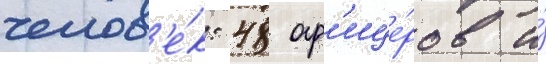
челов'е́к: 48 оф'ице́ров и́